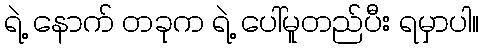
ရဲ့ နောက် တခုက ရဲ့ ပေါ်မူတည်ပီး ရမှာပါ။